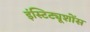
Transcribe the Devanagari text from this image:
इंस्टिट्यूशोंस